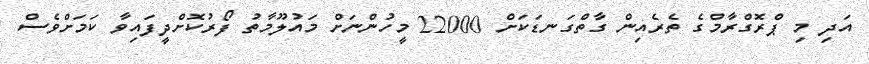
އަދި މި ޕްރޮގްރާމްގެ ތެރެއިން ގާތްގަނޑަކަށް 22000 މީހުންނަށް މައުލޫމާތު ފޯރުކޮށްދީފައިވާ ކަމަށްވެސް